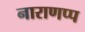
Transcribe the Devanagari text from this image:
नाराणप्प